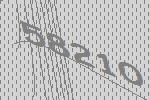
58210